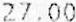
27.00